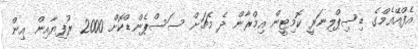
އެފްއޭއެމްގެ ޑިސިޕްލިނަރީ ކޮމިޓީން އިމްރާން ދެ މެޗަށް ސަސްޕެންޑްކޮށް 2000 ރުފިޔާއިން އިން